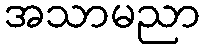
အသာမညာ